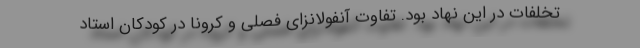
تخلفات در این نهاد بود. تفاوت‌ آنفولانزای فصلی و کرونا در کودکان استاد